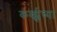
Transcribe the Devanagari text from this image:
कर्व्ह्जच्या